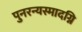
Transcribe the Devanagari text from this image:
पुनरन्यस्मादग्नि